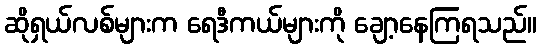
ဆိုရှယ်လစ်များက ရေဒီကယ်များကို ချော့နေကြရသည်။